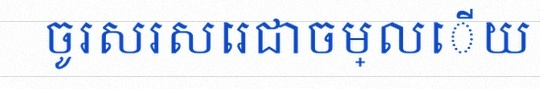
ចូរសរសេរជាចម្លើយ